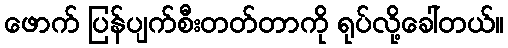
ဖောက် ပြန်ပျက်စီးတတ်တာကို ရုပ်လို့ခေါ်တယ်။